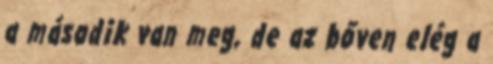
a második van meg, de az bőven elég a